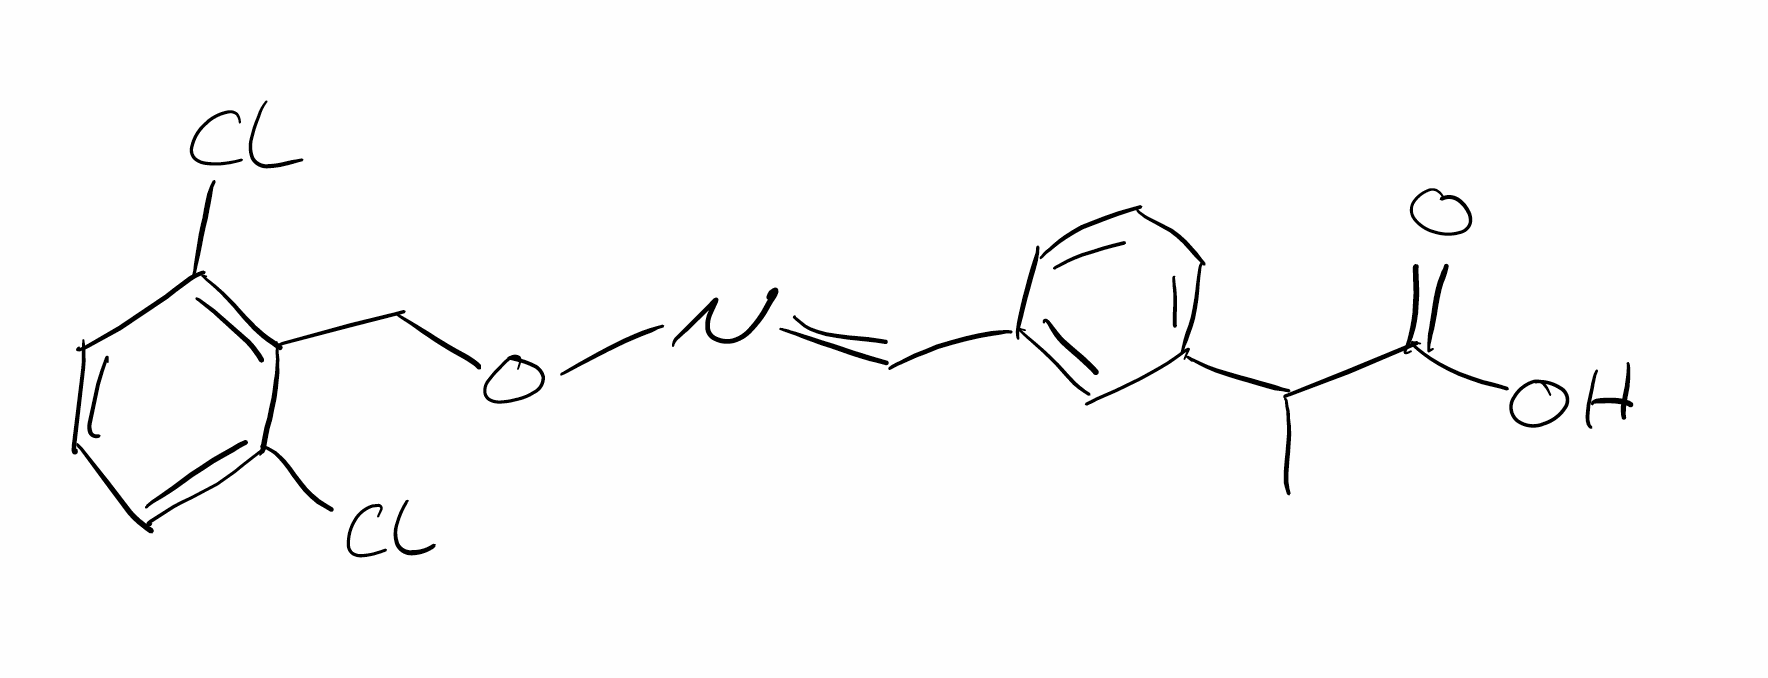
Simplified molecular-input line-entry system (SMILES) notation of the given molecule:
CC(C1=CC=CC(=C1)/C=N/OCC2=C(C=CC=C2Cl)Cl)C(=O)O